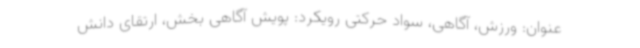
عنوان: ورزش، آگاهی، سواد حرکتی رویکرد: پویش آگاهی بخش، ارتقای دانش